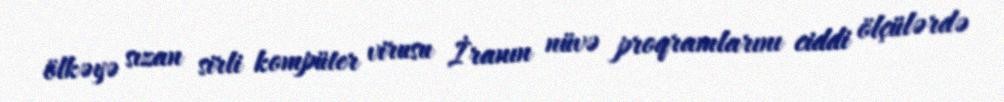
ölkəyə sızan sirli kompüter virusu İranın nüvə proqramlarını ciddi ölçülərdə